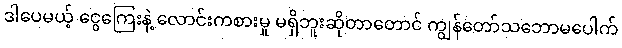
ဒါပေမယ့် ငွေကြေးနဲ့ လောင်းကစားမှု မရှိဘူးဆိုတာတောင် ကျွန်တော်သဘောမပေါက်